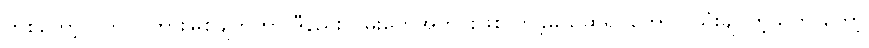
တစ်တော့ ပိတ်ပင်တားမြစ်ချက်ဟာ ဒီနည်းလမ်းတွေအတိုင်းဖြစ်လာခဲ့မယ်ဆိုရင်တောင် သုံးချင်တဲ့သူက တော့